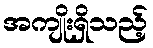
အကျိုးရှိသည့်